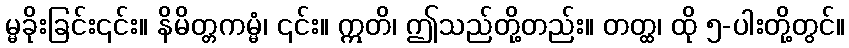
မ္မခိုးခြင်း၎င်း။ နိမိတ္တကမ္မံ၊ ၎င်း။ ဣတိ၊ ဤသည်တို့တည်း။ တတ္ထ၊ ထို ၅-ပါးတို့တွင်။